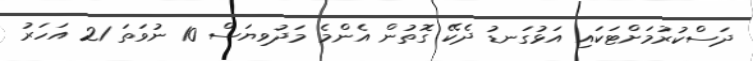
ދަސްކުރުމަށްޓަކައި އަޅުގަނޑު ދެކޭ ގޮތުން އެންމެ މަދުވިޔަސް 10 ނުވަތަ 21 އަހަރު